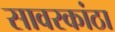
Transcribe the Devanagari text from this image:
सावरकांठा